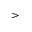
>